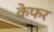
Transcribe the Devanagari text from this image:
केफर